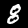
Label: 8